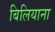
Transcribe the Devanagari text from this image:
बिलियाना